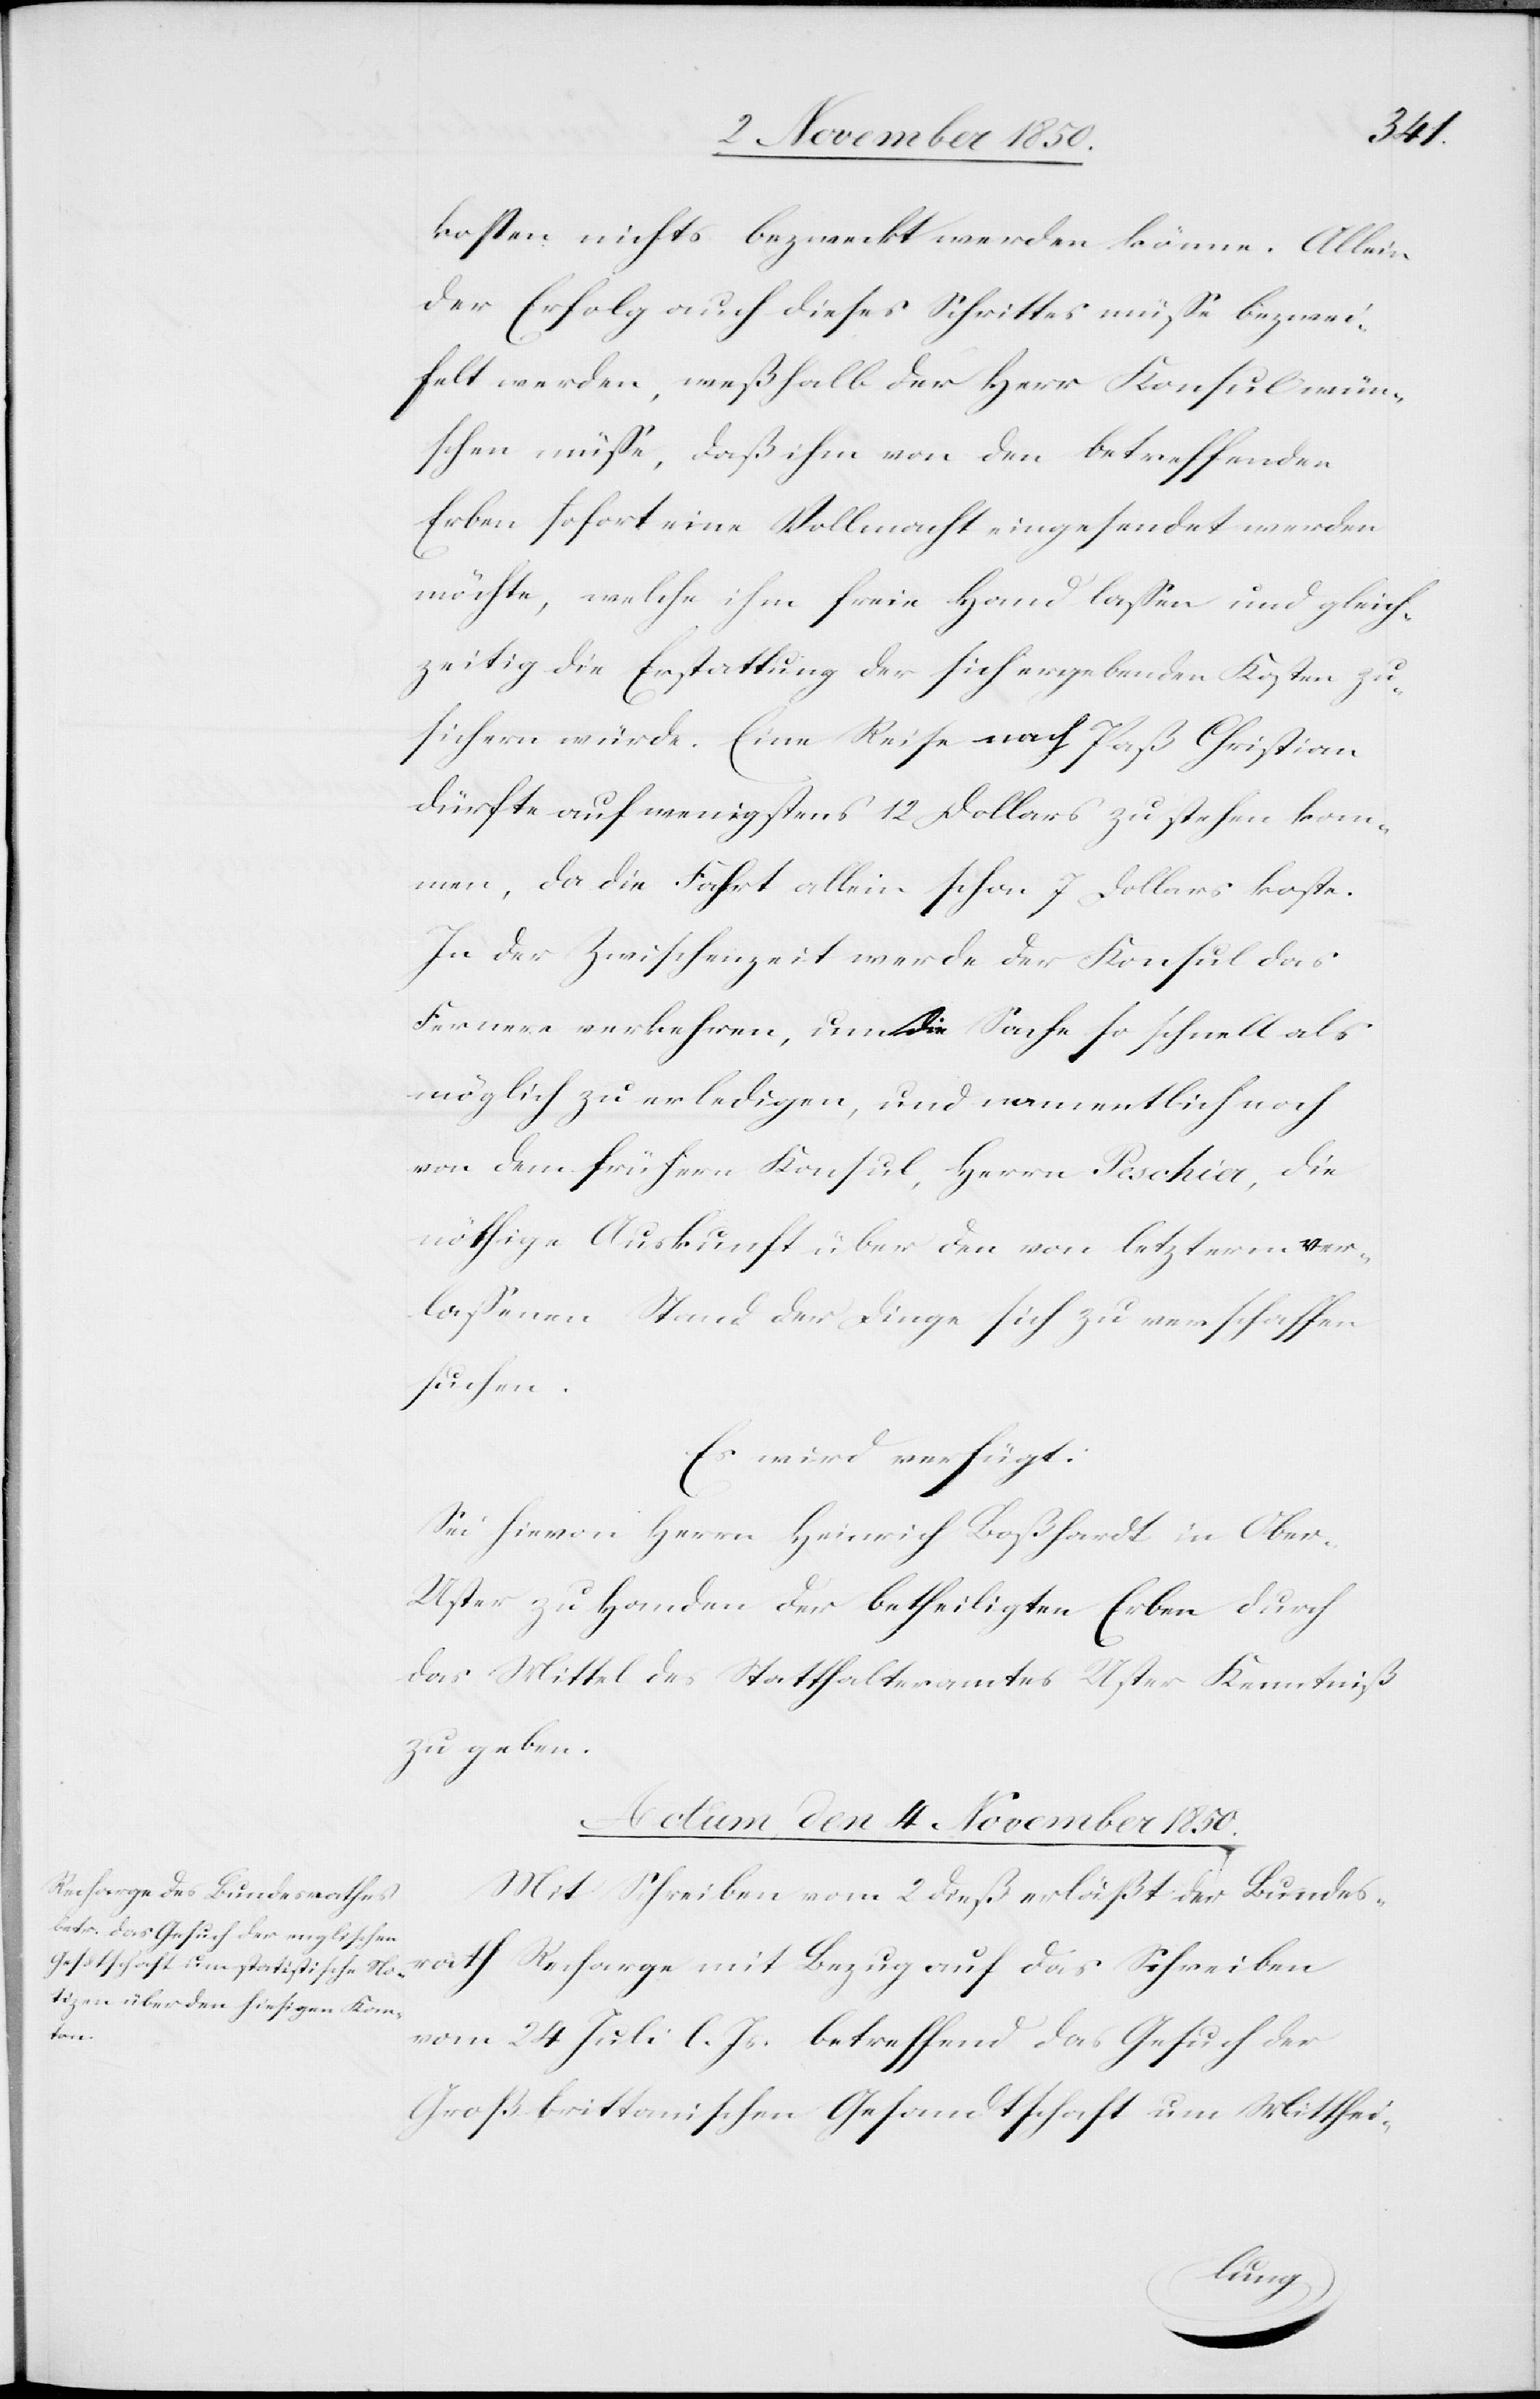
kosten nichts bezweckt werden könne. Allein
der Erfolg auch dieses Schrittes müsse bezwei¬
felt werden, weßhalb der Herr Konsul wün¬
schen müsse, daß ihm von den betreffenden
Erben sofort eine Vollmacht eingesendet werden
möchte, welche ihm freie Hand lassen und gleich¬
zeitig die Erstattung der sich ergebenden Kosten zu¬
sichern würde. Eine Reise nach Paß Christian
dürfte auf wenigstens 12 Dollars zu stehen kom¬
men, da die Fahrt allein schon 7 Dollars koste.
In der Zwischenzeit werde der Konsul das
Fernere verkehren [sic!], um die Sache so schnell als
möglich zu erledigen, und namentlich noch
von dem frühern Konsul, Herrn Peschia, die
nöthige Auskunft über den von letzterm ver¬
lassenen Stand der Dinge sich zu verschaffen
suchen.
Es wird verfügt:
Sei hievon Herrn Heinrich Boßhardt in Ober-U¬
ster zu Handen der betheiligten Erben durch
das Mittel des Statthalteramtes Uster Kenntniß
zu geben.
Actum, den 4 November 1850.
Mit Schreiben vom 2 dieß erläßt der Bundes¬
rath Recharge mit Bezug auf das Schreiben
vom 24 Juli l. Js. betreffend das Gesuch der
Großbrittanischen Gesandtschaft um Mitthei-